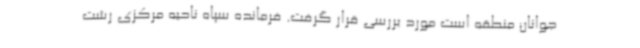
جوانان منطقه است مورد بررسی قرار گرفت. فرمانده سپاه ناحیه مرکزی رشت